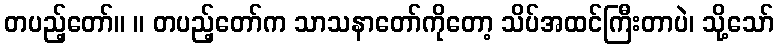
တပည့်တော်။ ။ တပည့်တော်က သာသနာတော်ကိုတော့ သိပ်အထင်ကြီးတာပဲ၊ သို့သော်